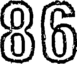
86